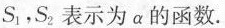
S_{1}，S_{2}表示为a的函数.